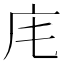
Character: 𢇠